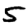
Digit: 5